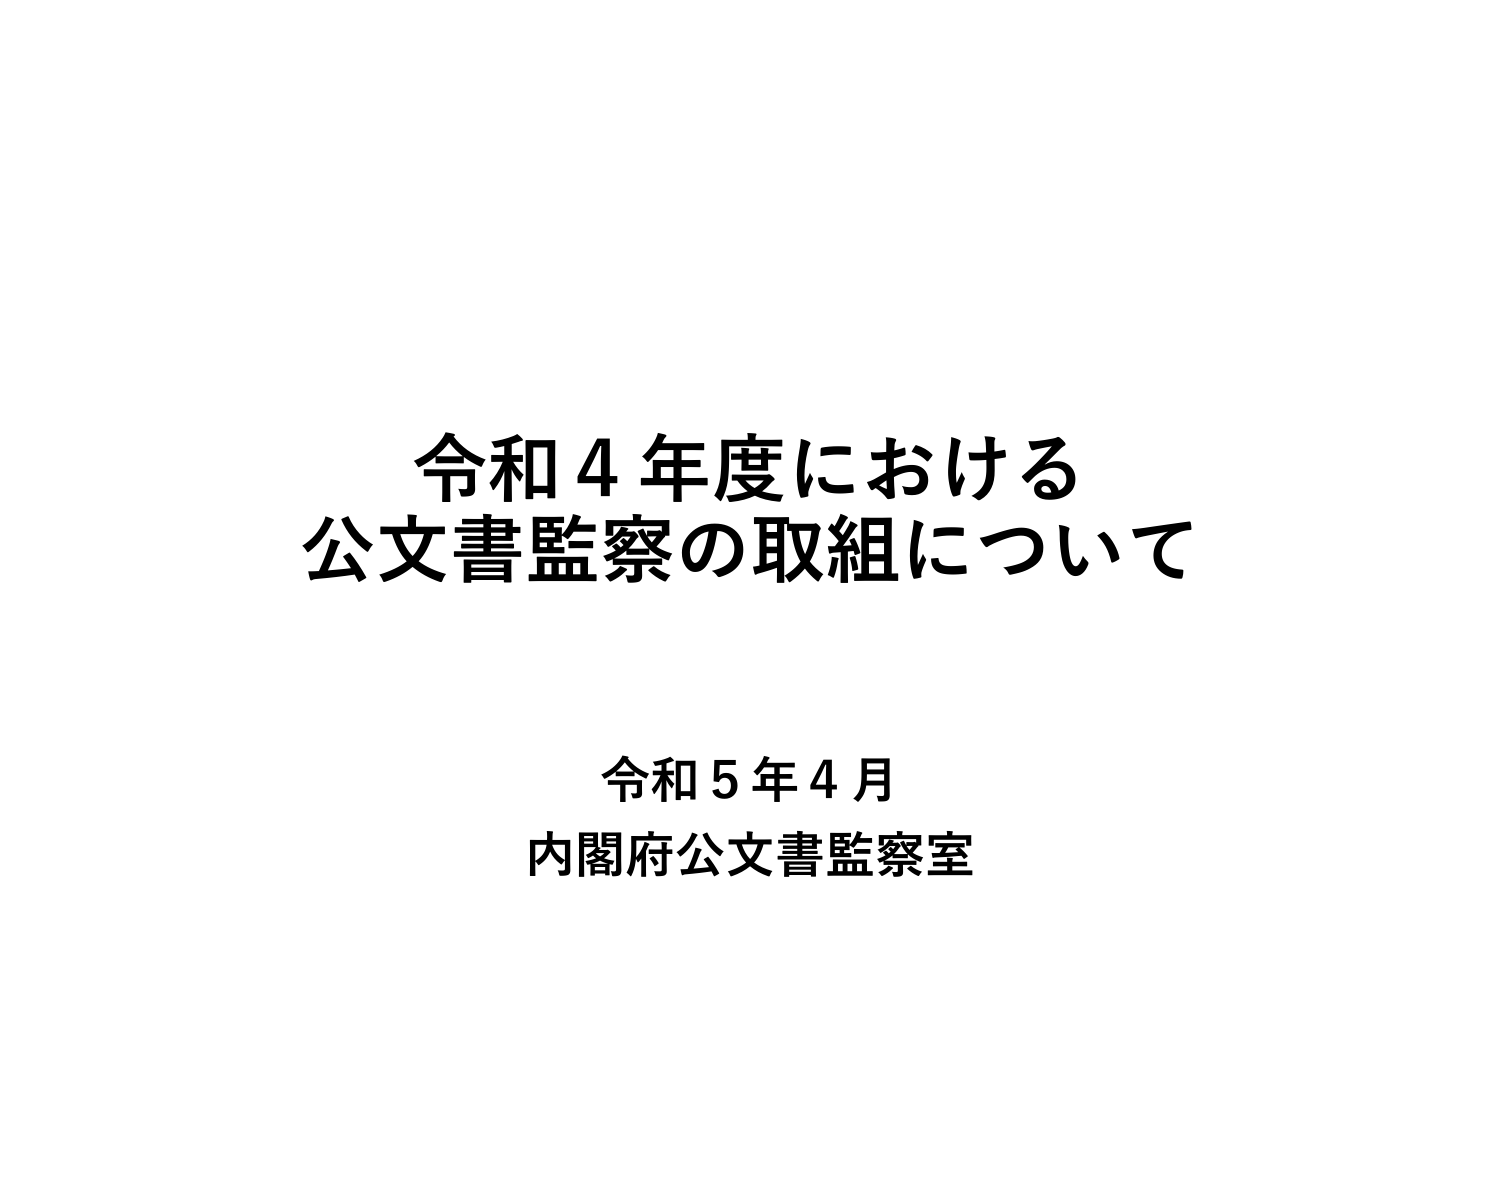
令和４年度における
公文書監察の取組について

令和５年４月
内閣府公文書監察室